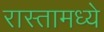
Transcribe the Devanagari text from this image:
रास्तामध्ये